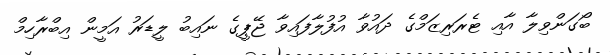
ބޯގަންވިލާ އާއި ޓެރަރިޒަމްގެ ދައުވާ އުފުލާފައިވާ ޖޭޕީގެ ނައިބު ލީޑަރު އަމީން އިބްރާހިމް